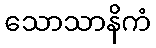
သောသာနိကံ